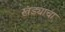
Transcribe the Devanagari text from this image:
खंड्याचा